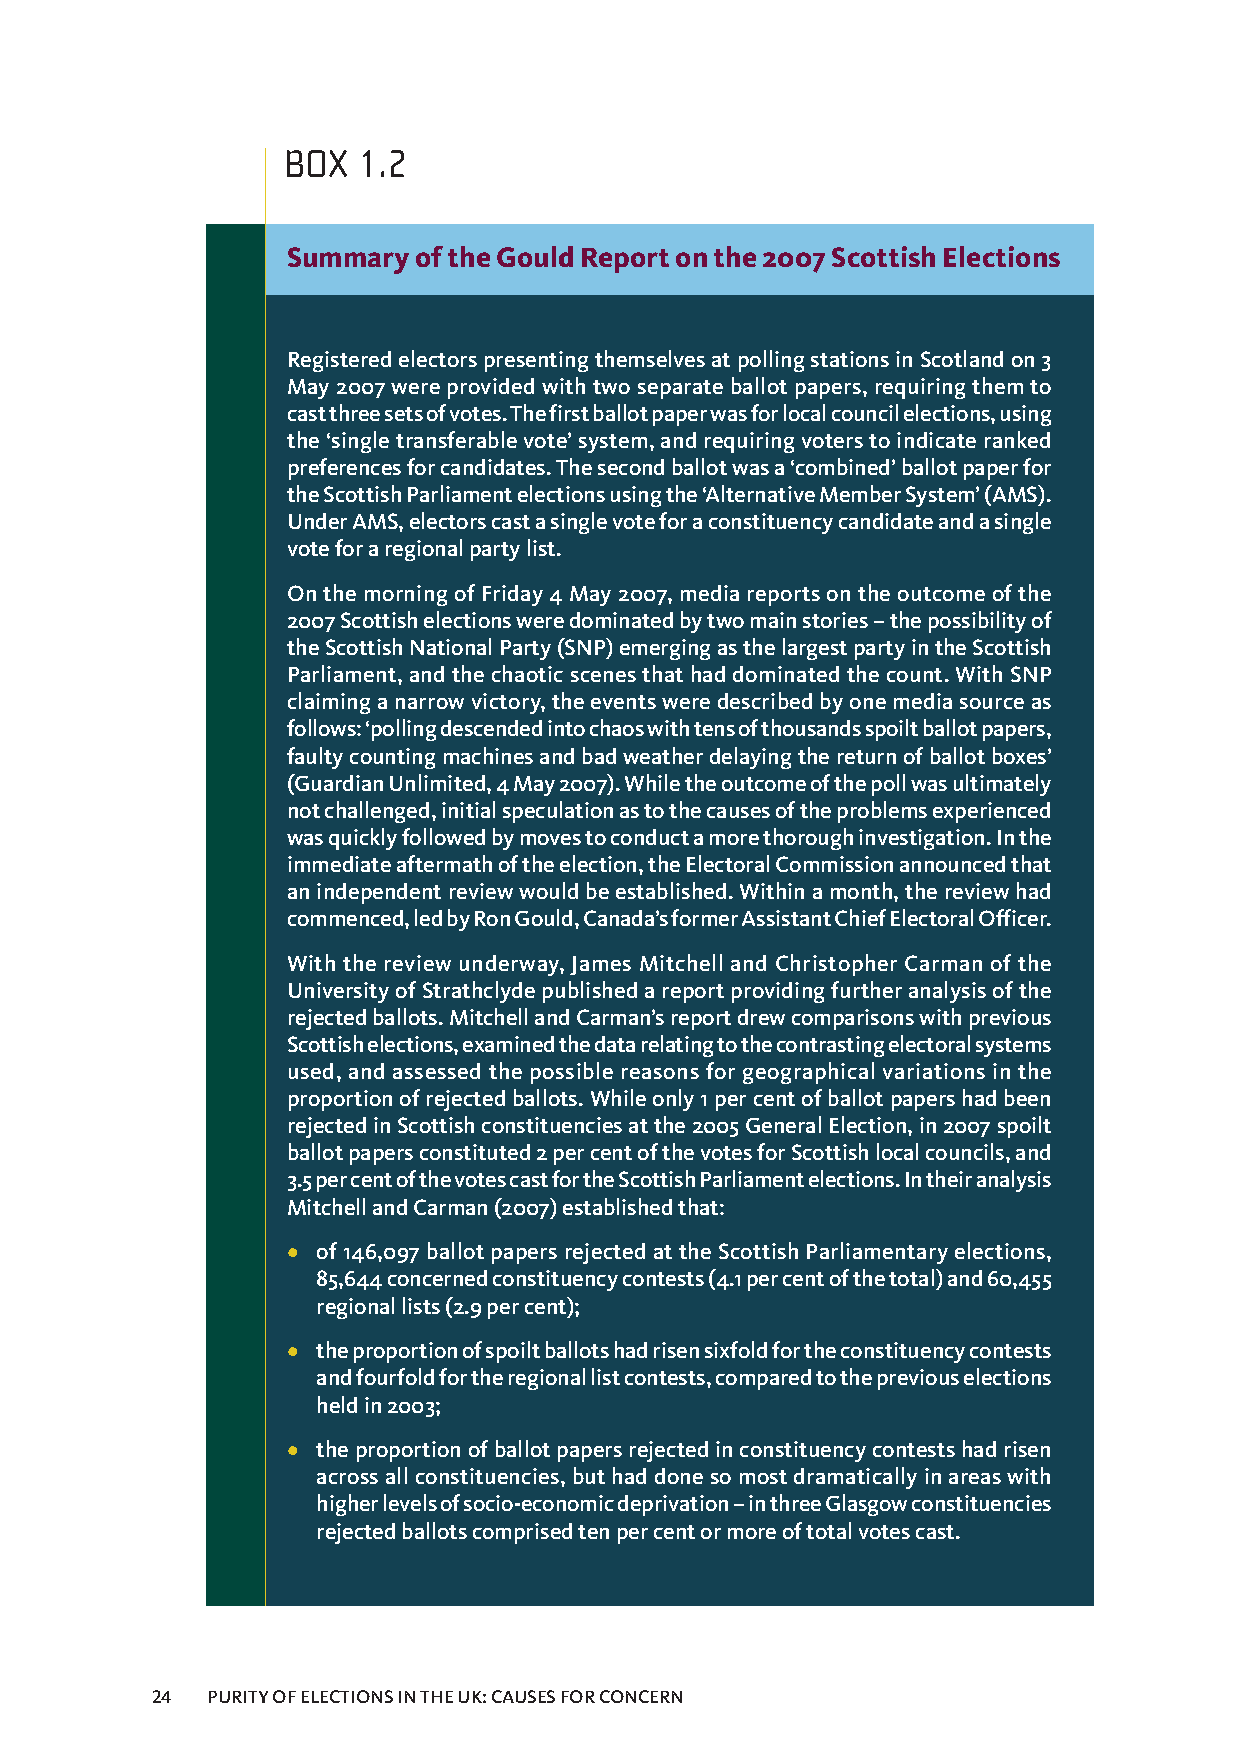
BOX  1.2
 SummaryoftheGouldReportonthe2007ScottishElections
 RegisteredelectorspresentingthemselvesatpollingstationsinScotlandon3
 May2007wereprovidedwithtwoseparateballotpapers,requiringthemto
 castthreesetsofvotes.Thefirstballotpaperwasforlocalcouncilelections,using
 the‘singletransferablevote’system,andrequiringvoterstoindicateranked
 preferencesforcandidates.Thesecondballotwasa‘combined’ballotpaperfor
 theScottishParliamentelectionsusingthe‘AlternativeMemberSystem’(AMS).
 UnderAMS,electorscastasinglevoteforaconstituencycandidateandasingle
 voteforaregionalpartylist.
 OnthemorningofFriday4May2007,mediareportsontheoutcomeofthe
 2007Scottishelectionsweredominatedbytwomainstories–thepossibilityof
 theScottishNationalParty(SNP)emergingasthelargestpartyintheScottish
 Parliament,andthechaoticscenesthathaddominatedthecount.WithSNP
 claiminganarrowvictory,theeventsweredescribedbyonemediasourceas
 follows:‘pollingdescendedintochaoswithtensofthousandsspoiltballotpapers,
 faultycountingmachinesandbadweatherdelayingthereturnofballotboxes’
 (GuardianUnlimited,4May2007).Whiletheoutcomeofthepollwasultimately
 notchallenged,initialspeculationastothecausesoftheproblemsexperienced
 wasquicklyfollowedbymovestoconductamorethoroughinvestigation.Inthe
 immediateaftermathoftheelection,theElectoralCommissionannouncedthat
 anindependentreviewwouldbeestablished.Withinamonth,thereviewhad
 commenced,ledbyRonGould,Canada’sformerAssistantChiefElectoralOfficer.
 With the review underway, James Mitchell and Christopher Carman of the
 UniversityofStrathclydepublishedareportprovidingfurtheranalysisofthe
 rejectedballots.MitchellandCarman’sreportdrewcomparisonswithprevious
 Scottishelections,examinedthedatarelatingtothecontrastingelectoralsystems
 used, and assessed the possible reasons for geographical variations in the
 proportionofrejectedballots.Whileonly1percentofballotpapershadbeen
 rejectedinScottishconstituenciesatthe2005GeneralElection,in2007spoilt
 ballotpapersconstituted2percentofthevotesforScottishlocalcouncils,and
 3.5percentofthevotescastfortheScottishParliamentelections.Intheiranalysis
 MitchellandCarman(2007)establishedthat:
 • of146,097ballotpapersrejectedattheScottishParliamentaryelections,
 85,644concernedconstituencycontests(4.1percentofthetotal)and60,455
 regionallists(2.9percent);
 • theproportionofspoiltballotshadrisensixfoldfortheconstituencycontests
 andfourfoldfortheregionallistcontests,comparedtothepreviouselections
 heldin2003;
 • theproportionofballotpapersrejectedinconstituencycontestshadrisen
 acrossallconstituencies,buthaddonesomostdramaticallyinareaswith
 higherlevelsofsocio-economicdeprivation–inthreeGlasgowconstituencies
 rejectedballotscomprisedtenpercentormoreoftotalvotescast.
 24  PURITYOFELECTIONSINTHEUK:CAUSESFORCONCERN